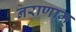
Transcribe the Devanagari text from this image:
नराणाम्